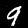
Digit: 9